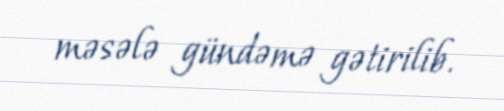
məsələ gündəmə gətirilib.